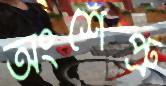
অংশৈপ্রু